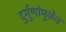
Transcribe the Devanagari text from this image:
दुर्गुणांमुळेच